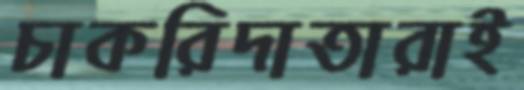
চাকরিদাতারাই